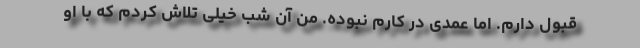
قبول دارم. اما عمدی در کارم نبوده. من آن شب خیلی تلاش کردم که با او